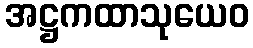
အဋ္ဌကထာသုယေဝ